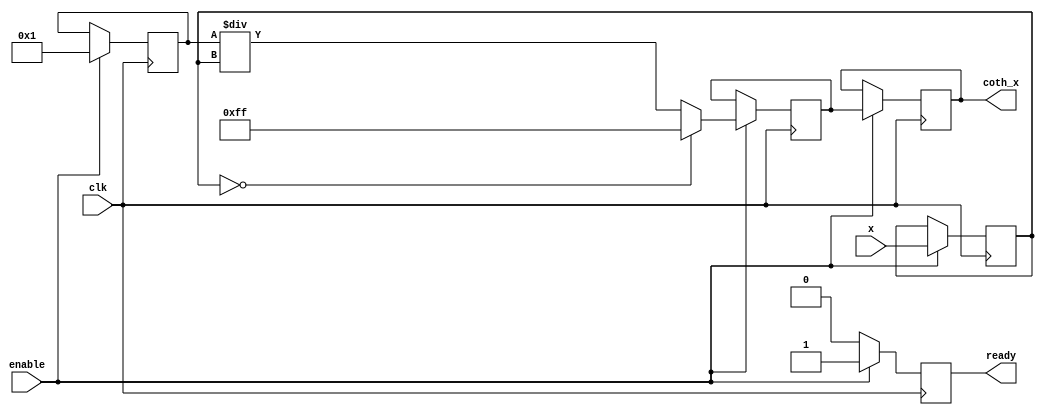
module coth_unit #(
    parameter WIDTH = 16,               // Width of the fixed-point representation
    parameter FRAC_WIDTH = 8,           // Fractional width for fixed-point
    parameter MAX_COTH = 8'hFF           // Saturation value for coth
)(
    input  wire clk,                    // Clock signal
    input  wire enable,                 // Enable signal
    input  wire signed [WIDTH-1:0] x,   // Input value
    output reg  signed [WIDTH-1:0] coth_x, // Output value
    output reg  ready                   // Ready signal
);

    // Internal signals
    reg signed [WIDTH-1:0] sinh_x;      // Hyperbolic sine
    reg signed [WIDTH-1:0] cosh_x;      // Hyperbolic cosine
    reg signed [WIDTH-1:0] div_result;   // Division result
    reg div_by_zero;                    // Flag for division by zero

    // Hyperbolic Sine Function (Taylor series)
    function signed [WIDTH-1:0] sinh;
        input signed [WIDTH-1:0] x;
        begin
            sinh = x; // Placeholder for sinh implementation
            // Implement Taylor series or other method for sinh here
            // Example: sinh(x)  x + (x^3)/6
        end
    endfunction

    // Hyperbolic Cosine Function (Taylor series)
    function signed [WIDTH-1:0] cosh;
        input signed [WIDTH-1:0] x;
        begin
            cosh = 1; // Placeholder for cosh implementation
            // Implement Taylor series or other method for cosh here
            // Example: cosh(x)  1 + (x^2)/2
        end
    endfunction

    // Divide function with overflow/underflow handling
    function signed [WIDTH-1:0] divide;
        input signed [WIDTH-1:0] numerator;
        input signed [WIDTH-1:0] denominator;
        begin
            if (denominator == 0) begin
                div_by_zero = 1;
                divide = MAX_COTH; // Saturate to max value
            end else begin
                div_by_zero = 0;
                divide = numerator / denominator; // Fixed-point division
            end
        end
    endfunction

    // Main computation block
    always @(posedge clk) begin
        if (enable) begin
            sinh_x <= sinh(x);
            cosh_x <= cosh(x);
            div_result <= divide(cosh_x, sinh_x);
            coth_x <= div_result;
            ready <= 1'b1; // Computation is ready
        end else begin
            ready <= 1'b0; // Reset ready signal
        end
    end

endmodule